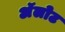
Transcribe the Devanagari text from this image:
अॅलोट